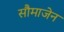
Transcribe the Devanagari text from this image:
सौमाजेन